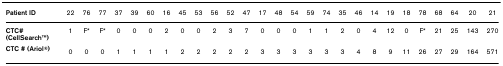
| Patient ID | 22 | 76 | 77 | 37 | 39 | 60 | 16 | 45 | 53 | 56 | 52 | 47 | 17 | 48 | 54 | 59 | 74 | 35 | 46 | 14 | 19 | 18 | 78 | 68 | 64 | 20 | 21 |
 | --- | --- | --- | --- | --- | --- | --- | --- | --- | --- | --- | --- | --- | --- | --- | --- | --- | --- | --- | --- | --- | --- | --- | --- | --- | --- | --- | --- |
 | CTC# (CellSearchTM) | 1 | F* | F* | 0 | 0 | 0 | 2 | 0 | 0 | 2 | 3 | 7 | 0 | 0 | 0 | 1 | 1 | 2 | 0 | 4 | 12 | 0 | F* | 21 | 25 | 143 | 270 |
 | CTC # (Ariol®) | 0 | 0 | 0 | 1 | 1 | 1 | 1 | 2 | 2 | 2 | 2 | 2 | 3 | 3 | 3 | 3 | 3 | 3 | 4 | 8 | 9 | 11 | 26 | 27 | 29 | 164 | 571 |